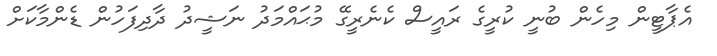
އެޕާޓީން މިހެން ބުނީ ކުރީގެ ރައީސް ކެނެރީގޭ މުޙައްމަދު ނަޝީދު ދާދިފަހުން ޑެންމާކަށް